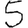
Digit: 5